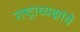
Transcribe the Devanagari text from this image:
राष्‍ट्राध्‍यक्षांचे